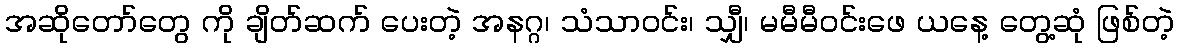
အဆိုတော်တွေ ကို ချိတ်ဆက် ပေးတဲ့ အနဂ္ဂ၊ သံသာဝင်း၊ သျှီ၊ မမီမီဝင်းဖေ ယနေ့ တွေ့ဆုံ ဖြစ်တဲ့